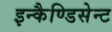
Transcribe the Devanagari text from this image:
इन्कैण्डिसेन्ट